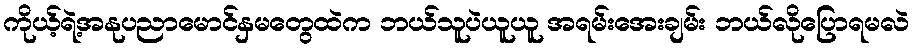
ကိုယ့်ရဲ့အနုပညာမောင်နှမတွေထဲက ဘယ်သူပဲယူယူ အရမ်းအေးချမ်း ဘယ်လိုပြောရမလဲ